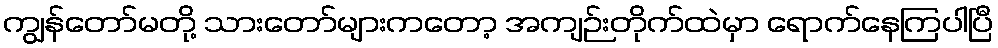
ကျွန်တော်မတို့ သားတော်များကတော့ အကျဉ်းတိုက်ထဲမှာ ရောက်နေကြပါပြီ